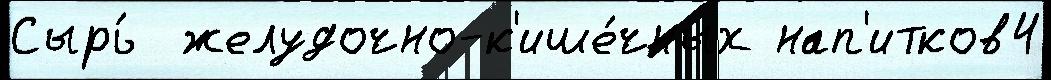
Сырь́  желудочно-к'ише́чных нап'итков4